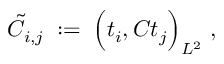
\tilde { C } _ { i , j } \; : = \; \Big ( t _ { i } , C t _ { j } \Big ) _ { L ^ { 2 } } \; ,